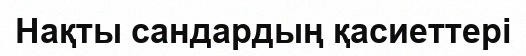
Нақты сандардың қасиеттері